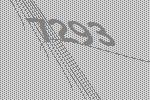
7293